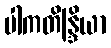
ပါကတိန္ဒြိယာ